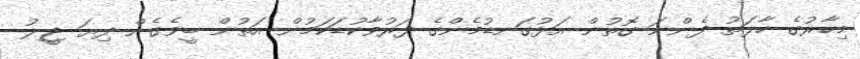
މިހާރުގެ ހާލަތު ފެންނަ ގޮތުން އަޅުގަނޑުމެންގެ ފަރުވާކުޑަކަމުން އަތުން ބީވެގެން ދިޔަ ޖީލު